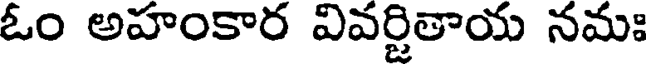
ఓం అహంకార వివర్జితాయ నమః